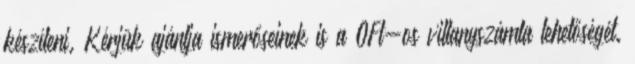
készíteni. Kérjük ajánlja ismerőseinek is a 0Ft-os villanyszámla lehetőségét.